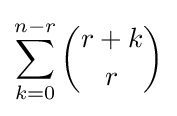
\sum _{k=0}^{n-r}{\binom {r+k}{r}}